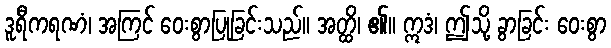
ဒူရီကရဏံ၊ အကြင် ဝေးစွာပြုခြင်းသည်။ အတ္ထိ၊ ၏။ ဣဒံ၊ ဤသို့ ခွာခြင်း ဝေးစွာ